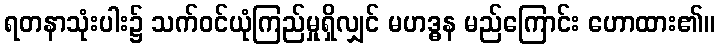
ရတနာသုံးပါး၌ သက်ဝင်ယုံကြည်မှုရှိလျှင် မဟဒ္ဓန မည်ကြောင်း ဟောထား၏။